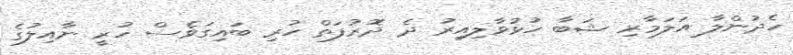
ހެދުންލާ އަލަމާރި ޝަބާ ހުޅުވާލިއިރު ދެ ދޮރުފަތް ހުރި ބައިގަވެސް ހުރީ ނާއިލުގެ